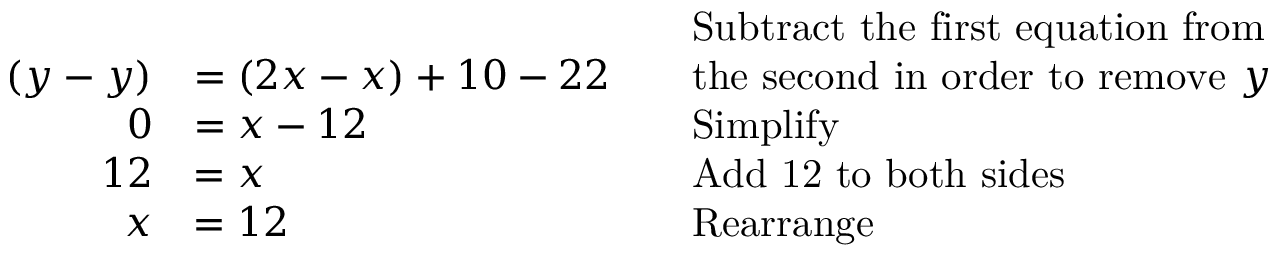
{ \begin{array} { r l r l } & { } & & { { \mathrm { S u b t r a c t ~ t h e ~ f i r s t ~ e q u a t i o n ~ f r o m } } } \\ { ( y - y ) } & { = ( 2 x - x ) + 1 0 - 2 2 } & & { { \mathrm { t h e ~ s e c o n d ~ i n ~ o r d e r ~ t o ~ r e m o v e ~ } } y } \\ { 0 } & { = x - 1 2 } & & { { \mathrm { S i m p l i f y } } } \\ { 1 2 } & { = x } & & { { \mathrm { A d d ~ 1 2 ~ t o ~ b o t h ~ s i d e s } } } \\ { x } & { = 1 2 } & & { { \mathrm { R e a r r a n g e } } } \end{array} }